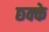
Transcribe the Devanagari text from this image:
छ्क्के